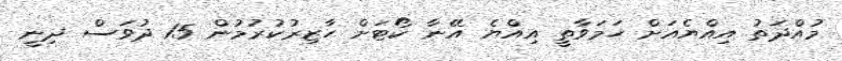
މުއްދަތު އިއްޔެއަށް ހަމަވާތީ އިއްޔެ އޭނާ ކޯޓަށް ހާޒިރުކުރުމުން 15 ދުވަސް ދިނީ